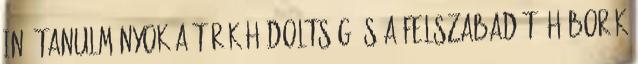
In: Tanulmányok a török hódoltság és a felszabadító háborúk